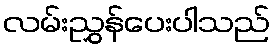
လမ်းညွှန်ပေးပါသည်